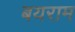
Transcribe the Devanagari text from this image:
बयराम